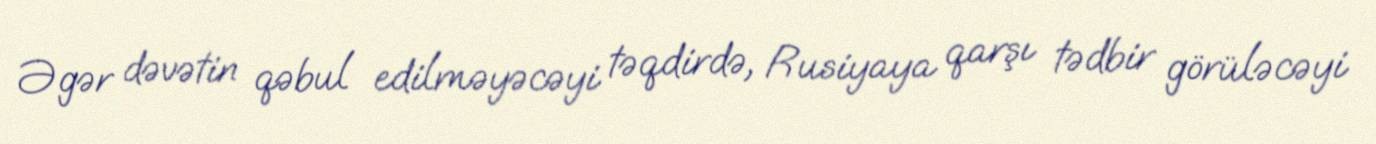
Əgər dəvətin qəbul edilməyəcəyi təqdirdə, Rusiyaya qarşı tədbir görüləcəyi